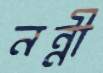
নন্নী